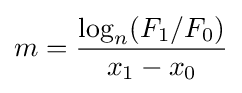
m={\frac {\log _{n}(F_{1}/F_{0})}{x_{1}-x_{0}}}